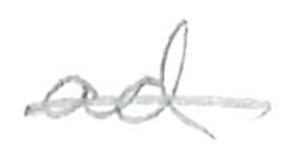
Text: ad
Cross-out: single-line
Writing tool: pencil